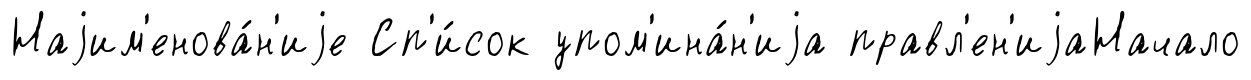
Наjим'енова́н'иjе Сп'и́сок упом'ина́н'иjа правл'ен'иjаНачало